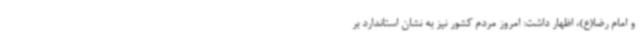
و امام رضا(ع)، اظهار داشت: امروز مردم کشور نیز به نشان استاندارد بر